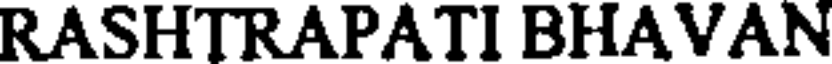
RASHTRAPATI BHAVAN